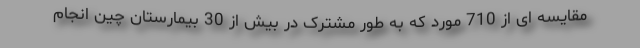
مقایسه ای از 710 مورد که به طور مشترک در بیش از 30 بیمارستان چین انجام